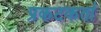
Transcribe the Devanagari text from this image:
प्रकटकर्ता